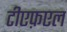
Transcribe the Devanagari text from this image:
टीएफ़एल